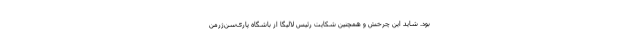
بود. شاید این چرخش و همچنین شکایت رئیس لالیگا از باشگاه پاری‌سن‌ژرمن